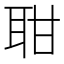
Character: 𦕐